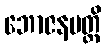
ဘောဇနမတ္ထိ